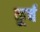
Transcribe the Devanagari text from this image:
कूर्च